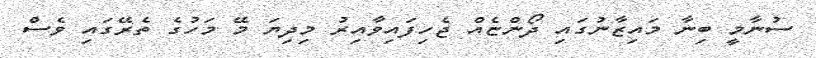
ސުނާމީ ބިނާ މައިޒާނުގައި ދޯންޏެއް ޖެހިފައިވާއިރު މިދިޔަ މޭ މަހުގެ ތެރޭގައި ވެސް